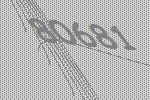
80681